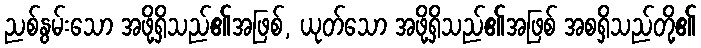
ညစ်နွမ်းသော အဖို့ရှိသည်၏အဖြစ်, ယုတ်သော အဖို့ရှိသည်၏အဖြစ် အစရှိသည်တို့၏